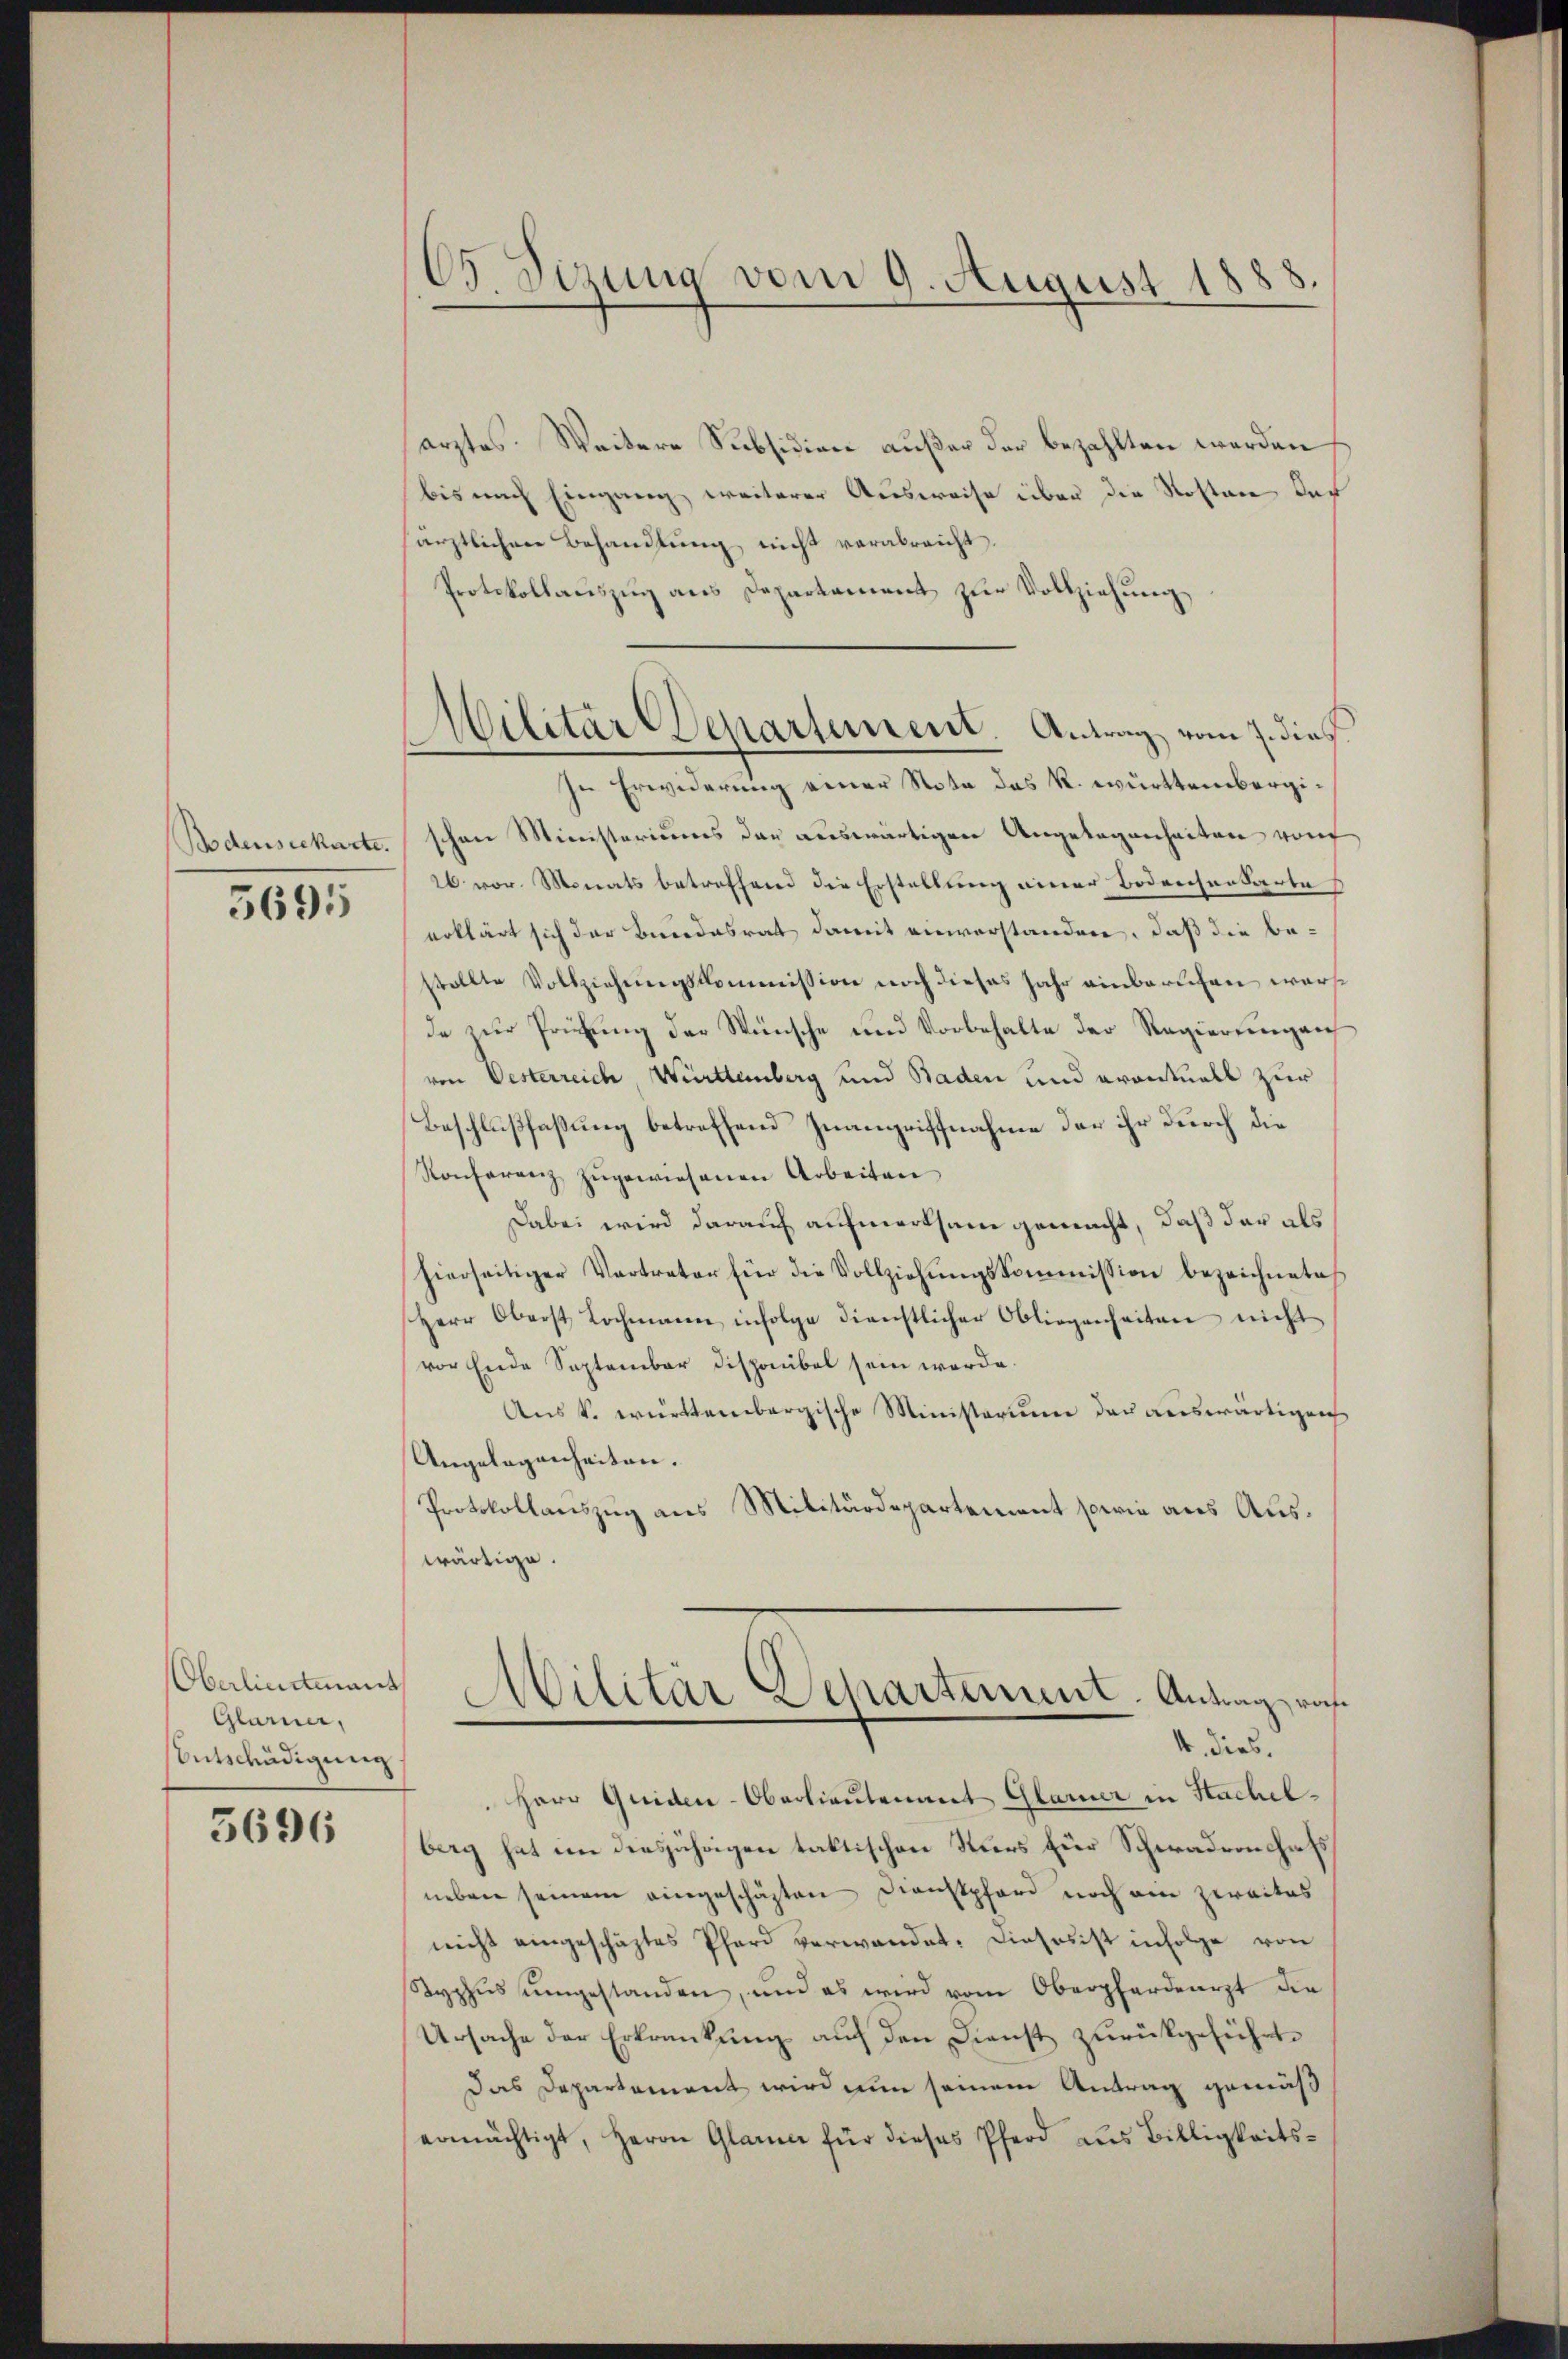
Bodenseckarte.
5695

Oberlieutnant
Glarner,
sentschädigung

3696

65 Sizung vom 9. August 1888

arztes. Weitere Subsidion außer der bezahlten werden
bis nach Eingang weiterer Ausweise über die Kosten das
ärztlichen Behandlung nicht verabreicht.
Protokollauszug aus Departament zur Vollziehung
schon Ministeriums der auswärtigen Angelegenheiten von
26 vor. Monats betreffend die Erstellung einer Bodeichensarte
erklärt sich der Bundesrat damit einverstanden, daß die bestollte Vollziehŭngskommission noch dieses Jahr einbarschen warst
de zur Prüfung der Wünsche und Vorbehalte der Regierungen
von Oesterreich, Württemberg und Baden und eventuell zur
Beschlußfaßung betreffend Inangriffnahme der ihr durch die
Konferenz zŭgewiesenen Arbeiten
Dabei wird darauf aufmerksam gemacht, daß der als
hierseitiger Vertreter für die Vollziehŭngskommission bezeichnete
Herr Oberst Lochmann infolge dienstlicher Obliegenheiten nicht
vor Ende September Disponibel sein werde.
Aus k. württembergische Ministerium der auswärtigen
Angelegenheiten.
Protokollauszug aus Militärdepartement sowie aus Auswärtige.
Militär Departement-Antrag ras
4. dies.
Herr Quiden-Oberlieutenant Glarner in Sachelberg hat im diesjährigen taktischen Kurs für Schwadronchals
neben seinem eingeschäften Dienstpfarr noch am zweites
nicht eingeschäztes Phard verwandet. Dieses ist infolge von
Syphŭs ŭmgestanden, und es wird vom Oberpfardearzt die
Ursache der Erkrankung auf den Dienst zurückgeführt.
Das Departement wird nun seinem Antrag gemäß
ermächtigt, Herrn Glarner für dieses Pferd aŭs Billigkeits-

Militär Departement. Antrag vom 7. dieß
In Erwiderung einer Note das k. württembergi¬